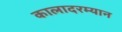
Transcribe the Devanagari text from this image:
कालादरम्यान